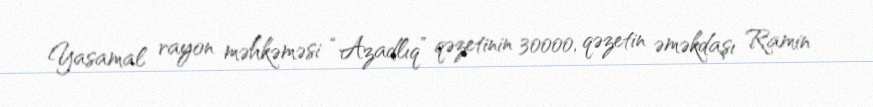
Yasamal rayon məhkəməsi “Azadlıq” qəzetinin 30000, qəzetin əməkdaşı Ramin